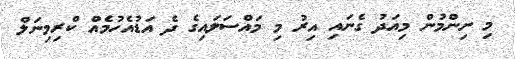
މި ނިންމުން މިއަދު ގެނައި އިރު މި މައްސަލައިގެ ދެ އަޑުއެހުމެއް ކްރިމިނަލް